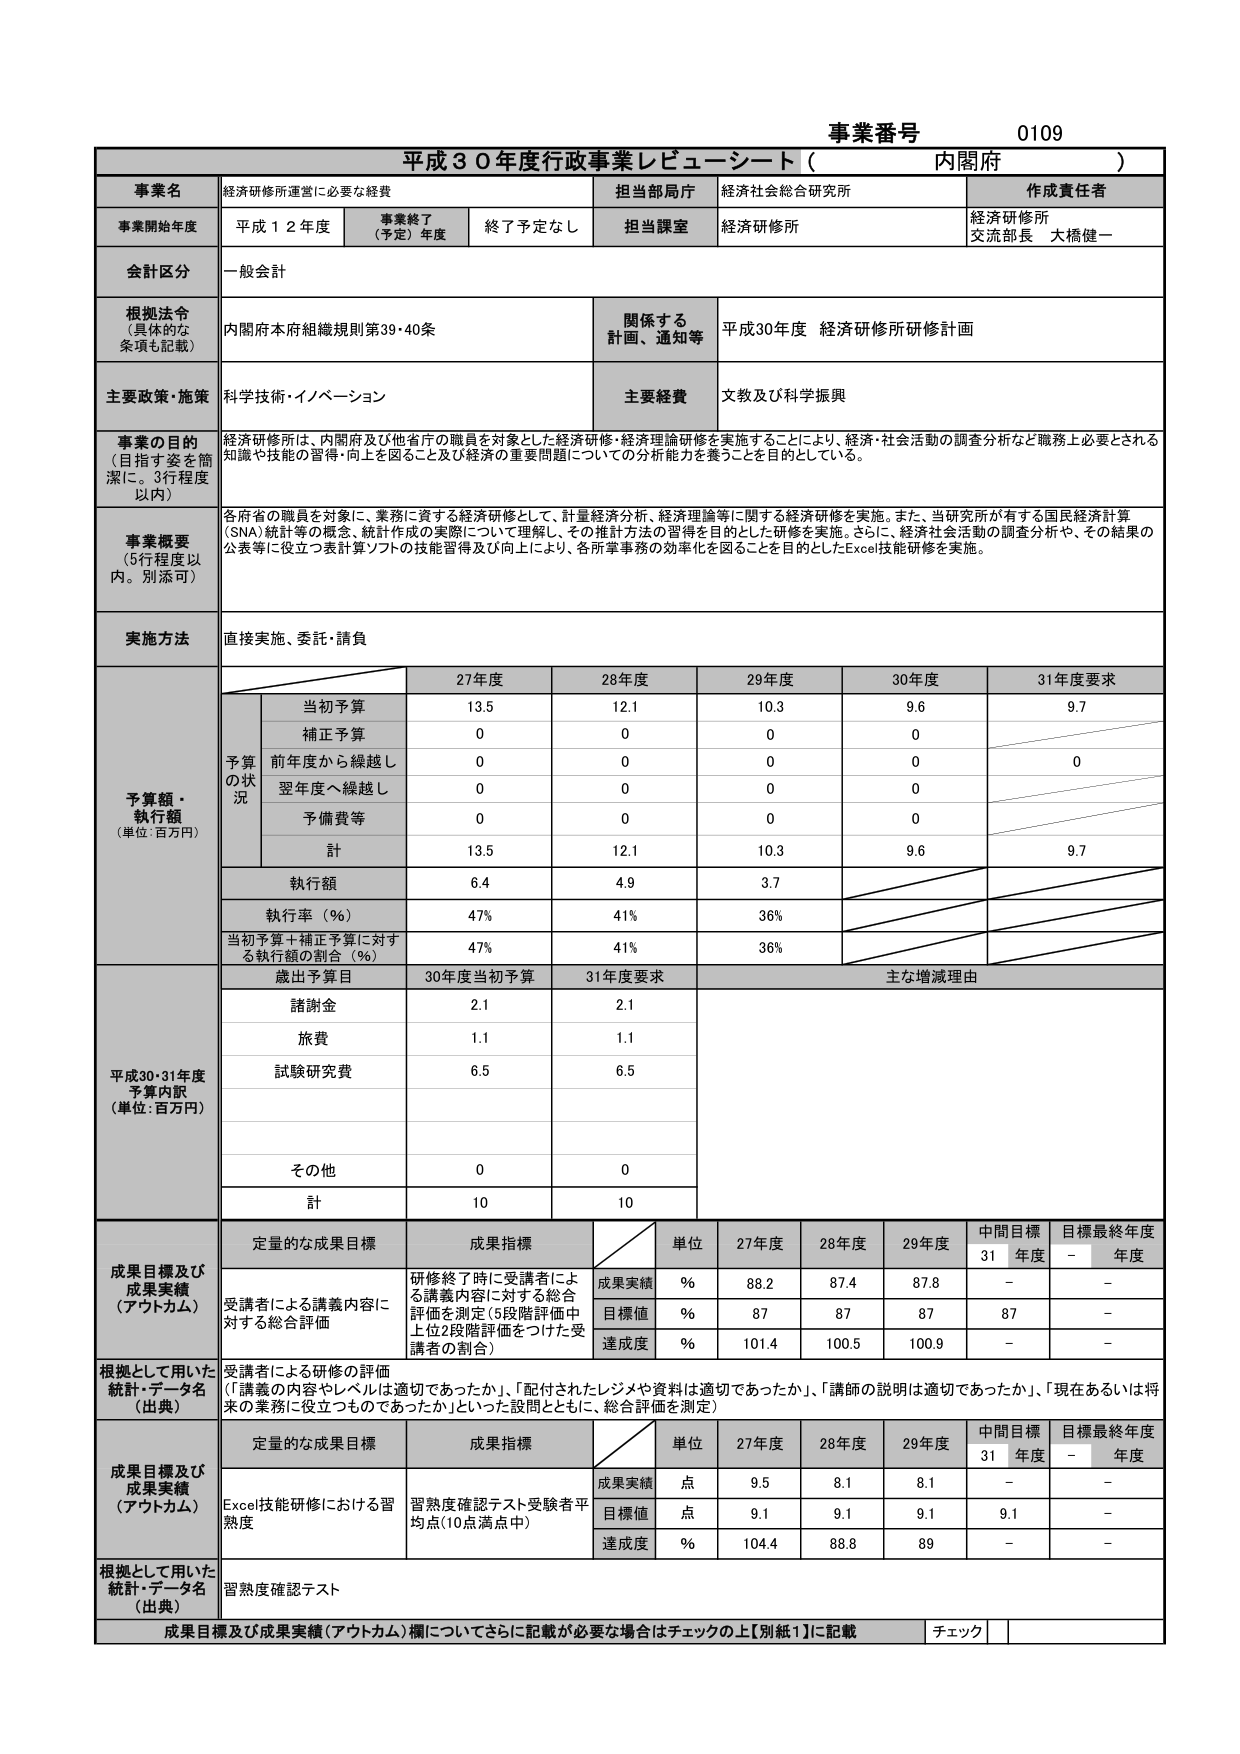
事業番号 0109
平成30年度行政事業レビューシート（内閣府）

事業名 経済研修所運営に必要な経費
担当当局庁 経済社会総合研究所
作成責任者 経済研修所 交流部長 大橋健一

事業開始年度 平成12年度
事業終了（予定）年度 終了予定なし
担当課室 経済研修所

会計区分 一般会計

根拠法令（具体的な条項も記載） 内閣府本府組織規則第39・40条
関係する計画、通知等 平成30年度 経済研修所研修計画

主要政策・施策 科学技術・イノベーション
主要経費 文教及び科学振興

事業の目的（目指す姿を簡潔に。3行程度以内）
経済研修所は、内閣府及び他省庁の職員を対象とした経済研修・経済理論研修を実施することにより、経済・社会活動の調査分析など職務上必要とされる知識や技能の習得・向上を図ること及び経済の重要問題についての分析能力を養うことを目的としている。

事業概要（5行程度以内。別添可）
各府省の職員を対象に、業務に資する経済研修として、計量経済分析、経済理論等に関する経済研修を実施。また、当研究所が有する国民経済計算（SNA）統計等の概念、統計作成の実際について理解し、その推計方法の習得を目的とした研修を実施。さらに、経済社会活動の調査分析や、その結果の公表等に役立つ表計算ソフトの技能習得及び向上により、各所掌事務の効率化を図ることを目的としたExcel技能研修を実施。

実施方法 直接実施、委託・請負

予算額・執行額（単位：百万円）